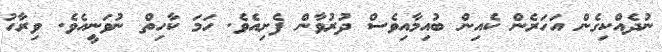
ނުދެއްކިގެން އަހަރެން ކެއިން ބުއިމާއިވެސް ދުރުވާން ފެށިއެވެ. ހަމަ ކާހިތް ނުވަނީއެވެ. ވިރާހު